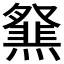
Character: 𤑪